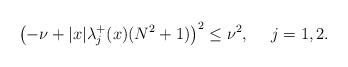
LaTeX: \begin{align*}\left(-\nu+|x|\lambda_j^+(x)(N^2+1)\right)^2\leq\nu^2,\quad\ j=1,2.\end{align*}